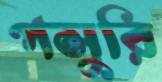
পসুরি